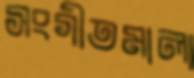
সংগীতমালা